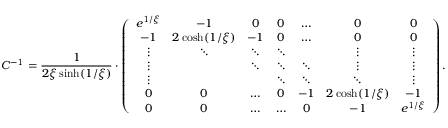
C ^ { - 1 } = \frac { 1 } { 2 \xi \sinh ( 1 / \xi ) } \cdot \left( \begin{array} { c c c c c c c } { e ^ { 1 / \xi } } & { - 1 } & { 0 } & { 0 } & { \dots } & { 0 } & { 0 } \\ { - 1 } & { 2 \cosh ( 1 / \xi ) } & { - 1 } & { 0 } & { \dots } & { 0 } & { 0 } \\ { \vdots } & { \ddots } & { \ddots } & { \ddots } & & { \vdots } & { \vdots } \\ { \vdots } & & { \ddots } & { \ddots } & { \ddots } & { \vdots } & { \vdots } \\ { \vdots } & & & { \ddots } & { \ddots } & { \ddots } & { \vdots } \\ { 0 } & { 0 } & { \dots } & { 0 } & { - 1 } & { 2 \cosh ( 1 / \xi ) } & { - 1 } \\ { 0 } & { 0 } & { \dots } & { \dots } & { 0 } & { - 1 } & { e ^ { 1 / \xi } } \end{array} \right) .